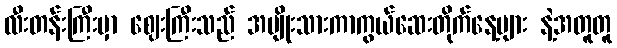
လီးတန်းကြီးမှာ ဈေးကြီးသည် အမျိုးသားကာကွယ်ဆေးတိုက်နေ့များ နဲ့အတူတူ